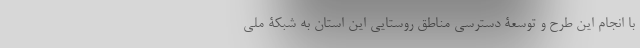
با انجام این طرح و توسعۀ دسترسی مناطق روستایی این استان به شبکۀ ملی